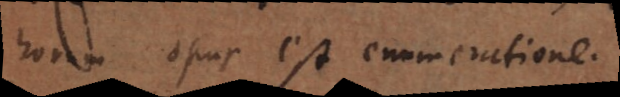
horum opus est enumeratione.